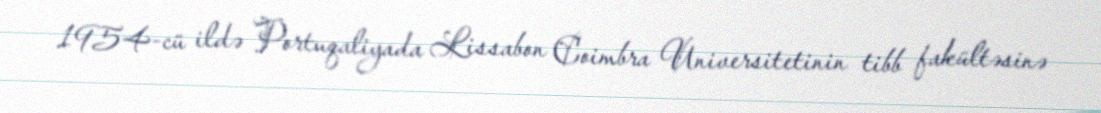
1954-cü ildə Portuqaliyada Lissabon Coimbra Universitetinin tibb fakültəsinə